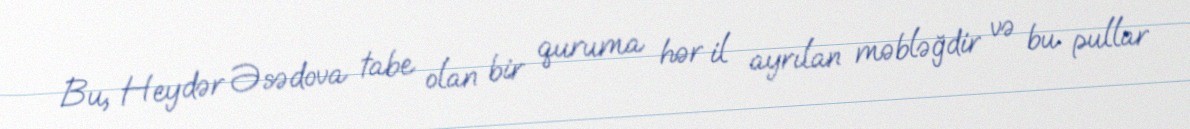
Bu, Heydər Əsədova tabe olan bir quruma hər il ayrılan məbləğdir və bu pullar